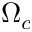
\Omega _ { c }